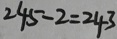
2 4 5 - 2 = 2 4 3